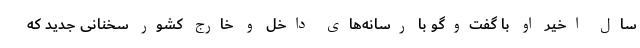
سال اخیر او با گفت‌وگو با رسانه‌های داخل و خارج کشور سخنانی جدید که